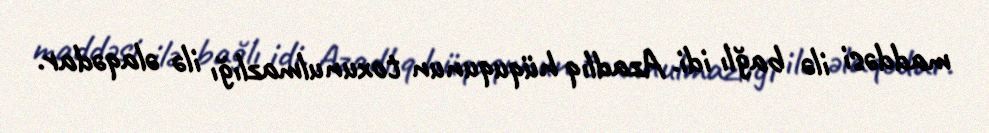
maddəsi ilə bağlı idi. Azadlıq hüququnun toxunulmazlığı ilə əlaqədar.